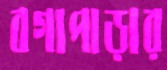
বগাপাড়ার